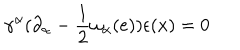
LaTeX: \gamma ^ { \alpha } ( \partial _ { \alpha } - \frac { 1 } { 2 } \omega _ { \alpha } ( e ) ) \epsilon ( x ) = 0